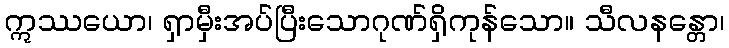
ဣဿယော၊ ရှာမှီးအပ်ပြီးသောဂုဏ်ရှိကုန်သော။ သီလနန္တော၊